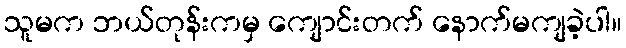
သူမက ဘယ်တုန်းကမှ ကျောင်းတက် နောက်မကျခဲ့ပါ။